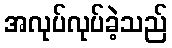
အလုပ်လုပ်ခဲ့သည်